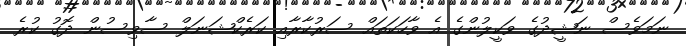
ނަމަވެސް ނަޝީދުގެ ވަކީލުންގެ އެ ވާހަކަތައް ސަރުކާރާއި ކަރެކްޝަނަލް ސާވިސުން ދޮގު ކުރެ